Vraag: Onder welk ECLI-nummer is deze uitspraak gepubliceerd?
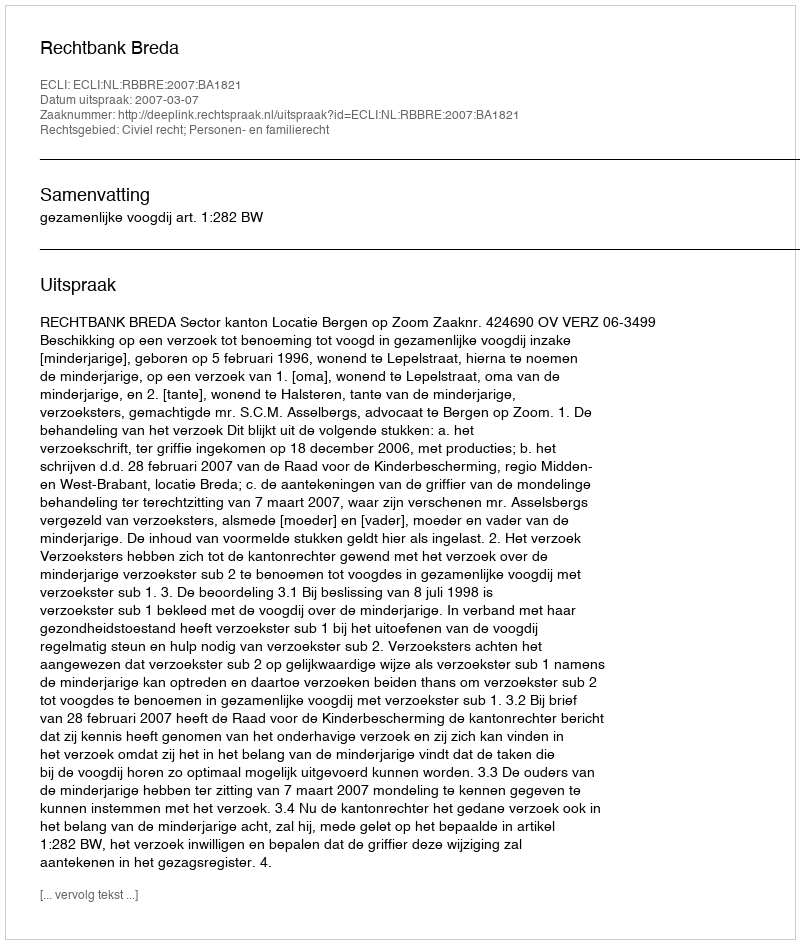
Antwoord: ECLI:NL:RBBRE:2007:BA1821